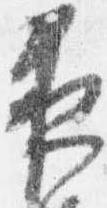
夜